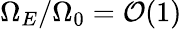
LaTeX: \Omega_{E}/\Omega_{0}={\cal O}(1)